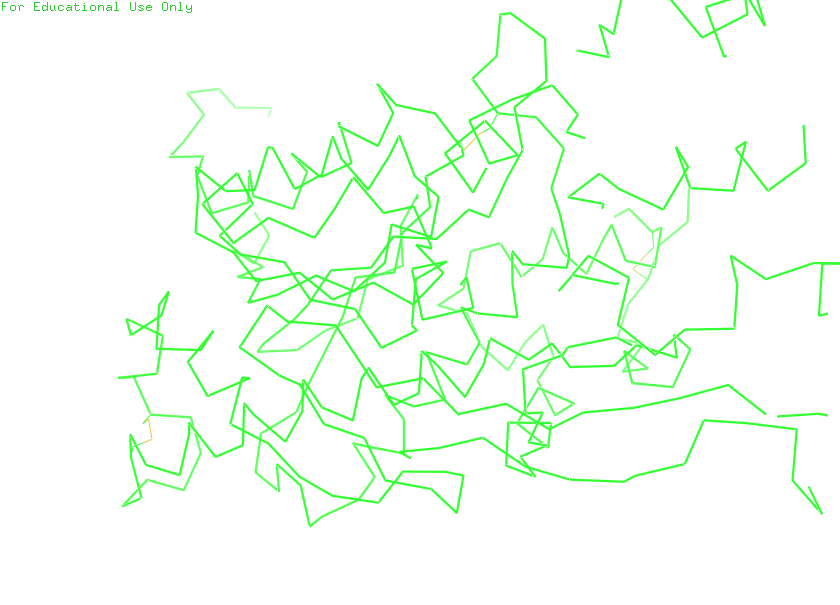
pymol, preset, simple_no_solv